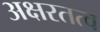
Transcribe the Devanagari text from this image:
अक्षरतत्व